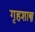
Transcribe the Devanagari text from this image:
गृहशास्त्र